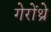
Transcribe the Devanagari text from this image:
गेरोंथ्रे